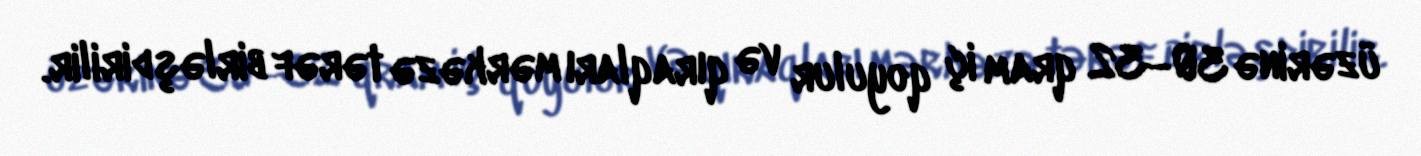
üzərinə 30–32 qram iç qoyulur və qıraqları mərkəzə tərəf birləşdirilir.